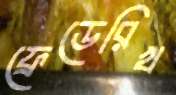
ফ্রেডেরিখ